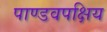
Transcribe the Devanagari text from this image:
पाण्डवपक्षिय